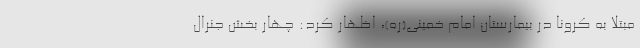
مبتلا به کرونا در بیمارستان امام خمینی(ره)، اظهار کرد: چهار بخش جنرال